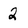
Character: 2